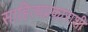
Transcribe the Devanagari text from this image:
साहित्यप्रकाराशी